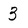
Character: 3